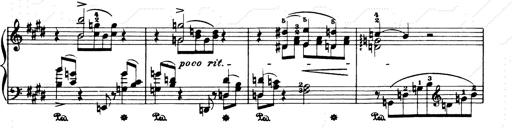
Title: Consolations and LiebestrÃ¤ume for the Piano
Composer: Franz Liszt